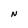
Character: N